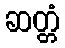
ဆတ္တံ